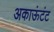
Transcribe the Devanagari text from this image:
अकाऊंटंट